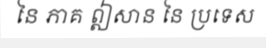
នៃ ភាគ ឦសាន នៃ ប្រទេស